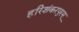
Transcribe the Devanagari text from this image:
हरिशंकरपुरम्